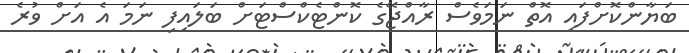
ބަޔާންކޮށްފައި އޮތް ނަމަވެސް ރާއްޖޭގެ ކޮންޓެކްސްޓަށް ބަލައިފި ނަމަ އެ އަށް ވުރެ